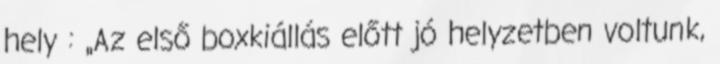
hely : „Az első boxkiállás előtt jó helyzetben voltunk,